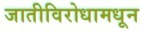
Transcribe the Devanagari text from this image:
जातीविरोधामधून